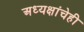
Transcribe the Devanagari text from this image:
अध्यक्षांचेही